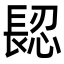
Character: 𨲅